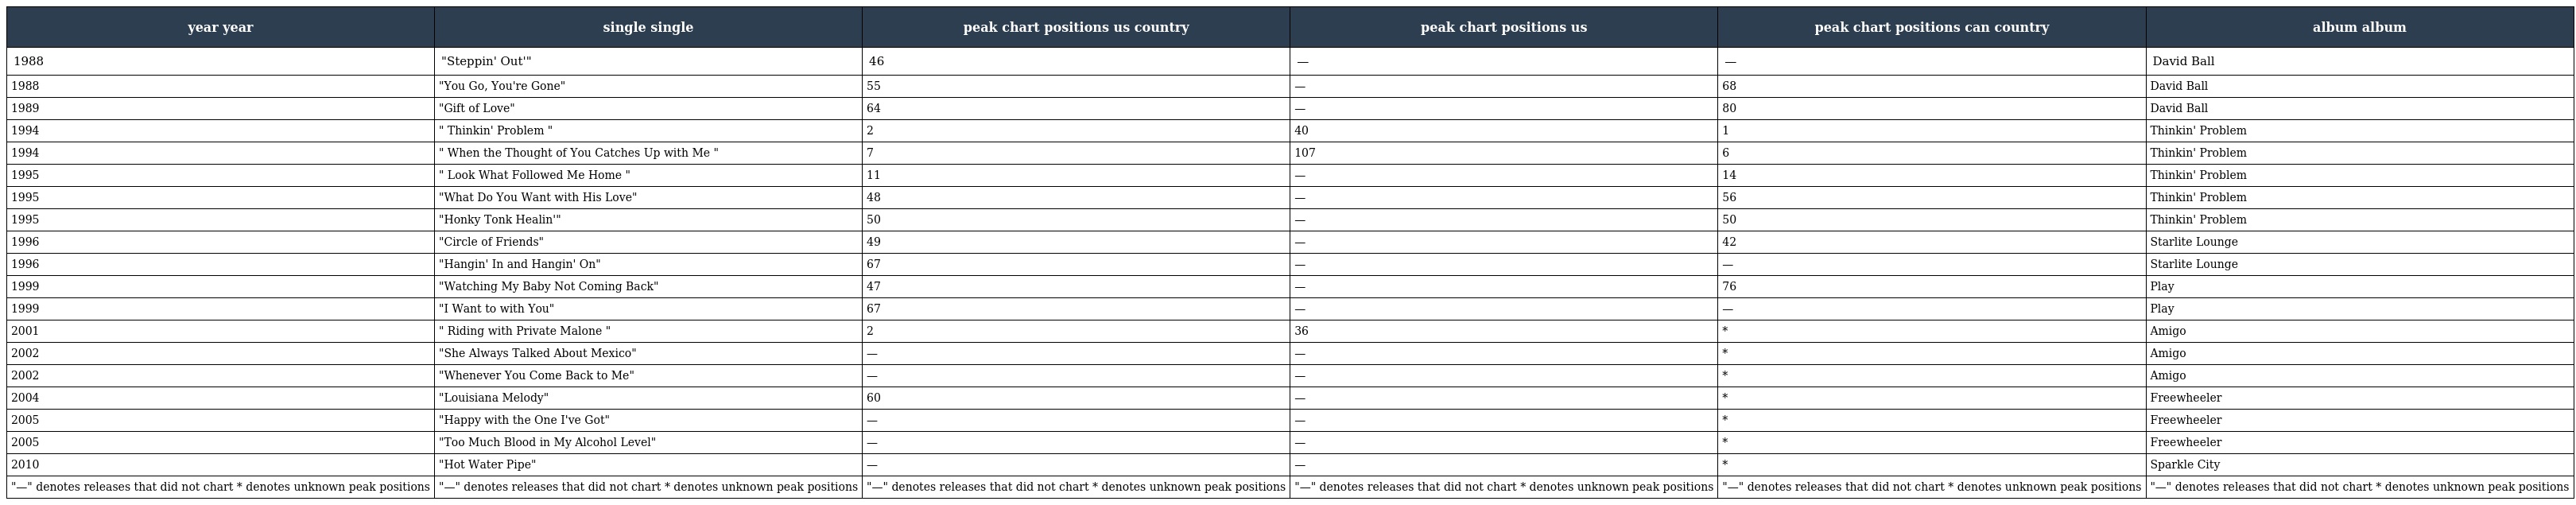
| year year | single single | peak chart positions us country | peak chart positions us | peak chart positions can country | album album |
 | --- | --- | --- | --- | --- | --- |
 | 1988 | "Steppin' Out'" | 46 | — | — | David Ball |
 | 1988 | "You Go, You're Gone" | 55 | — | 68 | David Ball |
 | 1989 | "Gift of Love" | 64 | — | 80 | David Ball |
 | 1994 | " Thinkin' Problem " | 2 | 40 | 1 | Thinkin' Problem |
 | 1994 | " When the Thought of You Catches Up with Me " | 7 | 107 | 6 | Thinkin' Problem |
 | 1995 | " Look What Followed Me Home " | 11 | — | 14 | Thinkin' Problem |
 | 1995 | "What Do You Want with His Love" | 48 | — | 56 | Thinkin' Problem |
 | 1995 | "Honky Tonk Healin'" | 50 | — | 50 | Thinkin' Problem |
 | 1996 | "Circle of Friends" | 49 | — | 42 | Starlite Lounge |
 | 1996 | "Hangin' In and Hangin' On" | 67 | — | — | Starlite Lounge |
 | 1999 | "Watching My Baby Not Coming Back" | 47 | — | 76 | Play |
 | 1999 | "I Want to with You" | 67 | — | — | Play |
 | 2001 | " Riding with Private Malone " | 2 | 36 | * | Amigo |
 | 2002 | "She Always Talked About Mexico" | — | — | * | Amigo |
 | 2002 | "Whenever You Come Back to Me" | — | — | * | Amigo |
 | 2004 | "Louisiana Melody" | 60 | — | * | Freewheeler |
 | 2005 | "Happy with the One I've Got" | — | — | * | Freewheeler |
 | 2005 | "Too Much Blood in My Alcohol Level" | — | — | * | Freewheeler |
 | 2010 | "Hot Water Pipe" | — | — | * | Sparkle City |
 | "—" denotes releases that did not chart * denotes unknown peak positions | "—" denotes releases that did not chart * denotes unknown peak positions | "—" denotes releases that did not chart * denotes unknown peak positions | "—" denotes releases that did not chart * denotes unknown peak positions | "—" denotes releases that did not chart * denotes unknown peak positions | "—" denotes releases that did not chart * denotes unknown peak positions |